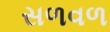
સળવળ